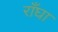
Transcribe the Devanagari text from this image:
राँघा